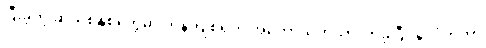
ပြီးခဲ့တဲ့ ဆယ်စုနှစ်တွေမှာ ကုန်ကျစရိတ် အတော်သက်သာလာခဲ့ပြီး နိုင်ငံတကာ